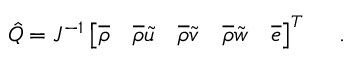
\hat { Q } = J ^ { - 1 } \left[ \overline { { \rho } } \quad \overline { { \rho } } \tilde { u } \quad \overline { { \rho } } \tilde { v } \quad \overline { { \rho } } \tilde { w } \quad \overline { { e } } \right] ^ { T } \quad \mathrm { ~ . ~ }